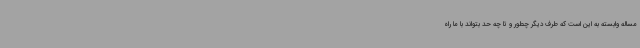
مساله وابسته به این است که طرف دیگر چطور و تا چه حد بتواند با ما راه